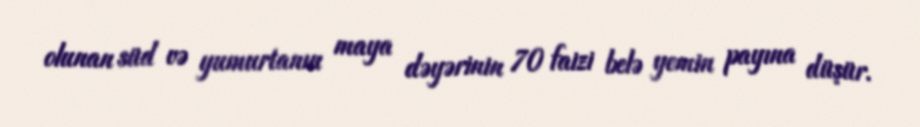
olunan süd və yumurtanın maya dəyərinin 70 faizi belə yemin payına düşür.